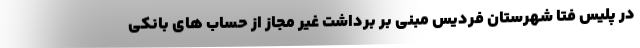
در پلیس فتا شهرستان فردیس مبنی بر برداشت غیر مجاز از حساب های بانکی